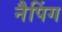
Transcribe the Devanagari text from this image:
नैपिंग